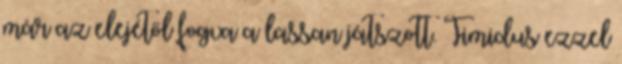
már az elejétől fogva a lassan játszott. Timidus ezzel